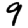
Digit: 9